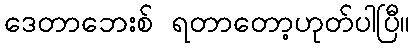
ဒေတာဘေးစ် ရတာတော့ဟုတ်ပါပြီ။